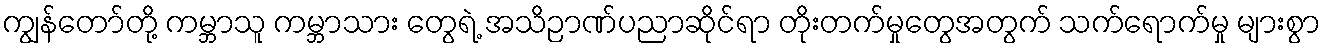
ကျွန်တော်တို့ ကမ္ဘာသူ ကမ္ဘာသား တွေရဲ့ အသိဉာဏ်ပညာဆိုင်ရာ တိုးတက်မှုတွေအတွက် သက်ရောက်မှု များစွာ